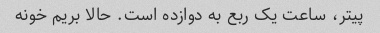
پیتر، ساعت یک ربع به دوازده است. حالا بریم خونه